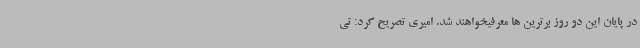
در پایان این دو روز برترین ها معرفیخواهند شد. امیری تصریح کرد: تی